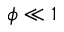
\phi \ll 1